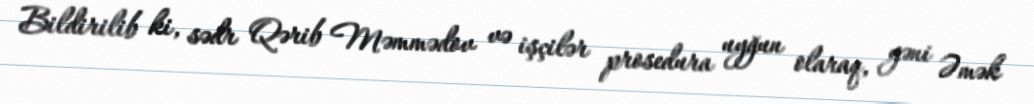
Bildirilib ki, sədr Qərib Məmmədov və işçilər prosedura uyğun olaraq, yəni Əmək